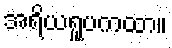
အရိယရူပကထာ။